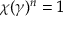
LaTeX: \chi ( \gamma ) ^ { n } = 1